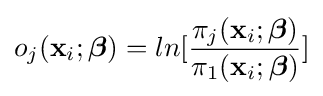
o_{j}(\mathbf {x} _{i};{\boldsymbol {\beta }})=ln[{\frac {\pi _{j}(\mathbf {x} _{i};{\boldsymbol {\beta }})}{\pi _{1}(\mathbf {x} _{i};{\boldsymbol {\beta }})}}]